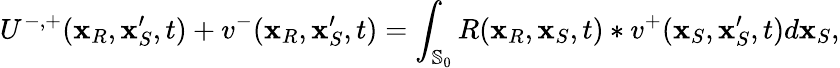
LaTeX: U^{-,+}(\mathbf{x}_{R},\mathbf{x}_{S}^{\prime},t)+v^{-}(\mathbf{x}_{R},\mathbf{x}_{S}^{\prime},t)=\int_{\mathbb{S}_{0}}R(\mathbf{x}_{R},\mathbf{x}_{S},t)*v^{+}(\mathbf{x}_{S},\mathbf{x}_{S}^{\prime},t)d\mathbf{x}_{S},